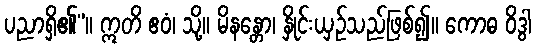
ပညာရှိ၏”။ ဣတိ ဧဝံ၊ သို့။ မိနန္တော၊ နှိုင်းယှဉ်သည်ဖြစ်၍။ ကောဓ ဝိဒွါ